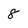
Character: 8